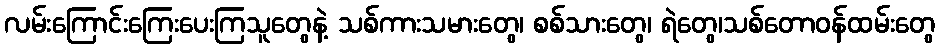
လမ်းကြောင်းကြေးပေးကြသူတွေနဲ့ သစ်ကားသမားတွေ၊ စစ်သားတွေ၊ ရဲတွေ၊သစ်တောဝန်ထမ်းတွေ